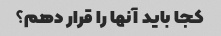
کجا باید آنها را قرار دهم؟